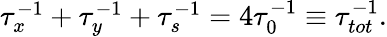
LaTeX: \begin{array}{r}{\tau_{x}^{-1}+\tau_{y}^{-1}+\tau_{s}^{-1}=4\tau_{0}^{-1}\equiv\tau_{tot}^{-1}.}\end{array}